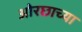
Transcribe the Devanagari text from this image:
ओरछाच्या